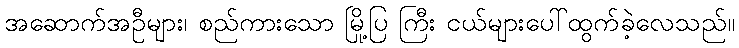
အဆောက်အဦများ၊ စည်ကားသော မြို့ပြ ကြီး ငယ်များပေါ်ထွက်ခဲ့လေသည်။